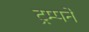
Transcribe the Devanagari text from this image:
ट्रम्पने